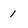
Character: 1